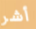
أشر